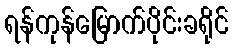
ရန်ကုန်မြောက်ပိုင်းခရိုင်